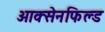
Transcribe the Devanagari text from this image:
आक्सेनफिल्ड